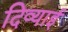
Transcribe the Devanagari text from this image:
दिव्याई